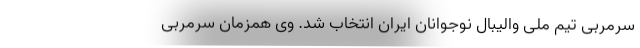
سرمربی تیم ملی والیبال نوجوانان ایران انتخاب شد. وی همزمان سرمربی